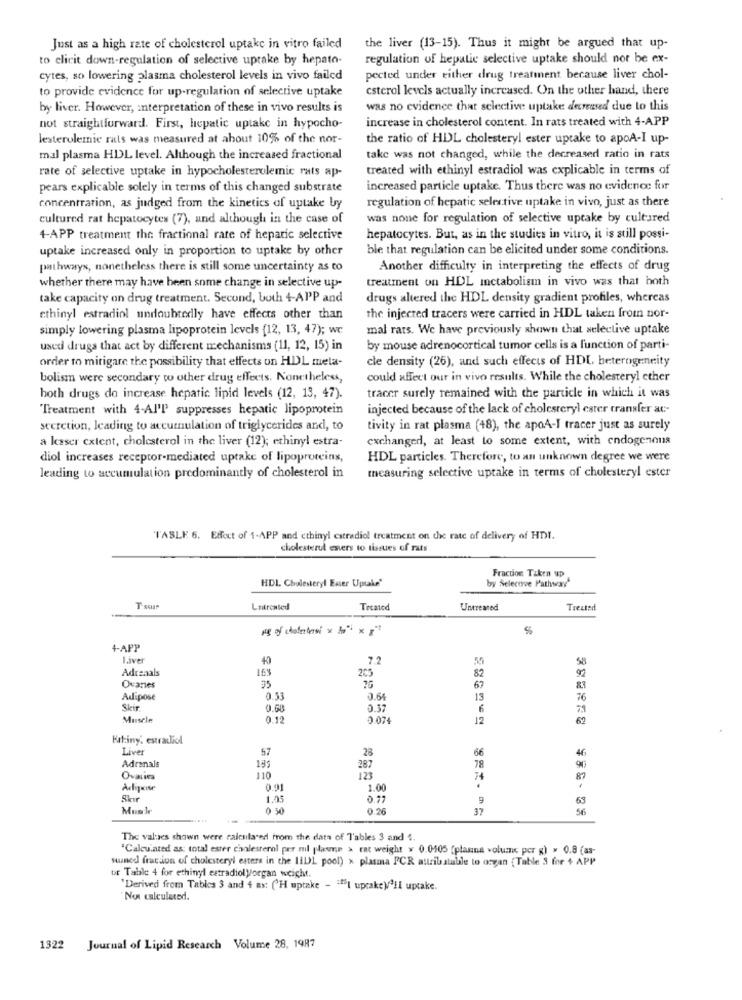
Just as a high rate of cholesterol uptake in vitro failed
the liver (13-15). Thus it might be argued that up-
to clicit down-regulation of selective uptake by hepato-
regulation of hepatic selective uptake should nor be ex-
cytes, so lowering plasma cholesterol levels in vivo failed
pected under either drug treatment because liver chol-
to provide evidence for up-regulation of selective uptake
esterol levels actually increased. On the other hand, there
by liver. However, interpretation of these in vivo results is
was no evidence that selective: uptake decreased due to this
increase in cholesterol content. In rats treated with 4-APP
not straightforward. First, hepatic uptake in hypocho-
lesterolemic rats was measured at about 10% of the nor-
the ratio of HDL cholesteryl ester uptake to apoA-I up-
mal plasma HDL level. Although the increased fractional
take was not changed, while the decreased ratio in rats
rate of selective uptake in hypocholesterolemic rats ap-
treated with ethinyl estradiol was explicable in terms of
pears explicable solely in terms of this changed substrate
increased particle uptake. Thus there was no evidence for
regulation of hepatic selestive uptake in vivo, just as there
concentration, as judged from the kinetics of uptake by
cultured rat hepatocytes (7), and although in the case of
was none for regulation of selective uptake by cultured
4-APP treatment the fractional rate of hepatic selective
hepatocytes. But, as in the studies in vitro, it is still possi-
uptake increased only in proportion to uptake by other
ble that regulation can be elicited under some conditions.
pathways, nonetheless there is still some uncertainty as to
Another difficulty in interpreting the effects of drug
treatment on HDL metabolism in vivo was that hoth
whether there may have been some change in selective up-
take capacity on drug treatment. Second, both 4-APP and
drugs altered the HDL density gradient profiles, whereas
ethinyl estradiol undoubtedly have effects other than
the injected tracers were carried in HDL taken from nor-
simply lowering plasma lipoprotein levels (12, 13, 47); we
mal rats. We have previously shown that selective uptake
used drugs that act by different mechanisms (11, 12, 15) in
by mouse adrenocortical tumor cells is a function of parti-
order to mitigare the possibility that effects on HDL meta-
cle density (26), and such effects of HDL heterogeneity
bolism were secondary to other drug effects. Nonetheless,
could affect our in vivo results. While the cholesteryl ether
both drugs do increase hepatic lipid levels (12, 13, 47).
tracer surely remained with the particle in which it was
"Treatment with 4-AI'D suppresses hepatic lipoprotein
injected because of the lack of cholesteryl ester transfer at-
secretion, leading to accumulation of triglycerides and, to
tivity in rat plasma (+8), the apoA-I tracer just as surely
a laser cxtent, cholesterol in the liver (12); ethinyl estra-
exchanged, at least to some extent, with endogenous
diol increases receptor-mediated uptake of lipoproteins,
HDL particles. Therefore, to an unknown degree we were
measuring selective uptake in terms of cholesteryl ester
leading to accumulation predominantly of cholesterol in
TABLE 6. Effect of 1-APP and cthinyl estradiol treatment on the rate of delivery of HDI.
cholesterul esters to tissues of rats
HDL Cholesteryl Esser Uptake"
Fraction Taken up
by Selecove Pathway"
Latreated
Treated
Untreated
Treated
+-APP
Laver
40
7.2
Adrenals
163
205
82
Ovaries
67
Adipose
0.53
3.6
13
76
Skir
0.68
0.37
6
Muscle
0.12
2.074
12
62
Rating' estradiol
Liver
52
28
66
78
46
Adrenals
195
287
Ovalies
110
74
87
Adiprise
0.91
1.00
Skir
1.05
0.21
9
63
MusIr
0 50
0.26
37
56
The values shown were calcsila ed from the data of 7'ables 3 and 4.
"Calculated as: total ester cholesterol per mil plasme > rat weight > 0.0505 (planına volume per g) > 0.8 (as-
suaned fraction of cholesteryl esters in the 11DL pool) x plasma PCR attributable to organ (Table 3 for + APP
or Table 4 for ethinyl estradiol Vorgan weicht.
'Derived from Tables 3 and 4 ax: ('H uptake - "#| upcake)'ll uptake.
Non calculated.
1322 Journal of Lipid Research Volume 28, 1987